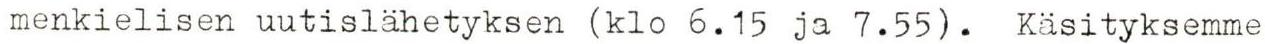
menkielisen uutislähetyksen (klo 6.15 ja 7.55). Käsityksemme